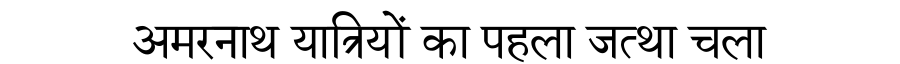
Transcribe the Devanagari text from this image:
अमरनाथ यात्रियों का पहला जत्था चला